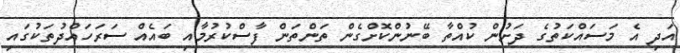
އަދި އެ މަސައްކަތުގެ ދަށުން ކުއްތާ ބޭނުންކޮށްގެން ތަންތަން ފާސްކުރުމާއި ބައެއް ސަރަހައްދުތަކުގައި